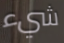
شيء